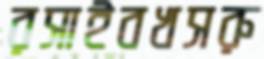
রসাইবখসরু